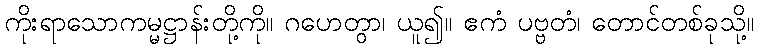
ကိုးရာသောကမ္မဋ္ဌာန်းတို့ကို။ ဂဟေတွာ၊ ယူ၍။ ဧကံ ပဗ္ဗတံ၊ တောင်တစ်ခုသို့။